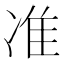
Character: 准